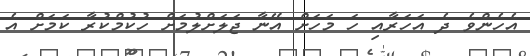
އެހެންވެ ދެ އަހަރާއި ހަ މަހަށް އޭނާ ޖަލަށްލުމަށް ހުކުމްކުރާ ކަމަށް އެ